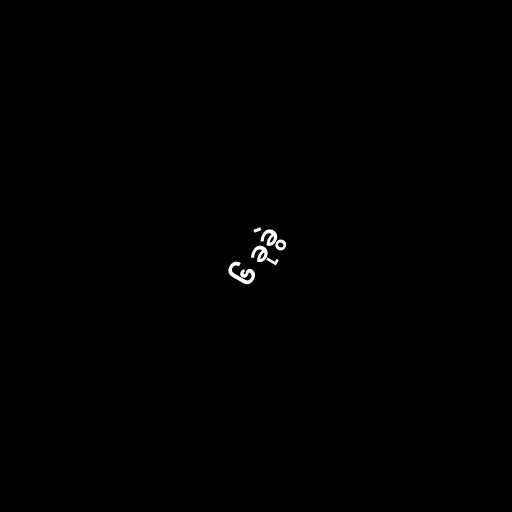
၆ ခုခွဲ